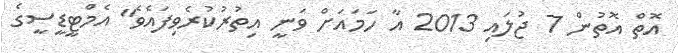
އޮތް އޮތުން 7 ޖުލައި 2013 އާ ހަމައަށް ވަނީ އިތުރުކުރެވިފައެވެ" އެމްޓީޑީސީގެ